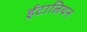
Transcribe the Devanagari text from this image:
ईटालियन